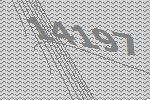
14197